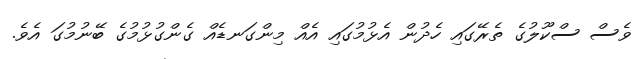
ވެސް ސްކޫލުގެ ތެރޭގައި ހެދުން އެޅުމުގައި އެއް މިންގަނޑެއް ގެންގުޅުމުގެ ބޭނުމުގަ އެވެ.